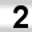
Digit: 2